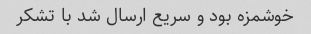
خوشمزه بود و سریع ارسال شد با تشکر